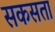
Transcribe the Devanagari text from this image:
सकसता